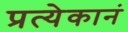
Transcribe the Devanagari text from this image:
प्रत्येकानं